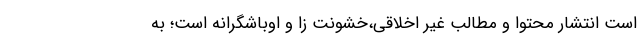
است انتشار محتوا و مطالب غیر اخلاقی،خشونت زا و اوباشگرانه است؛ به